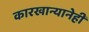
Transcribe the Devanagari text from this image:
कारखान्यानेही